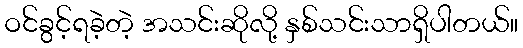
ဝင်ခွင့်ရခဲ့တဲ့ အသင်းဆိုလို့ နှစ်သင်းသာရှိပါတယ်။